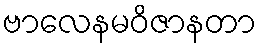
ဗာလေနမဝိဇာနတာ